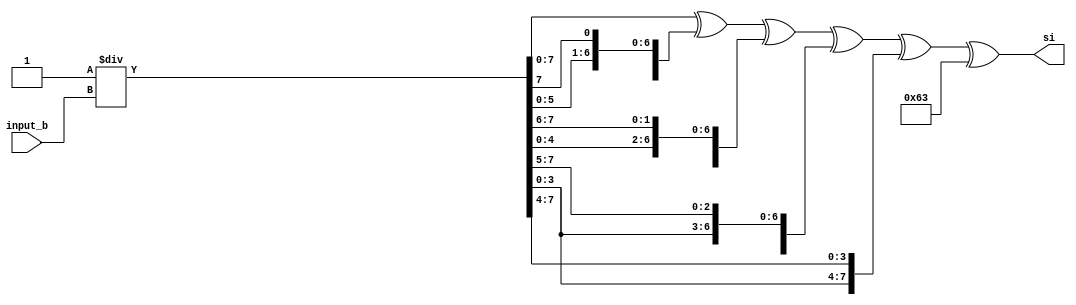
`timescale 1ns / 1ps
//////////////////////////////////////////////////////////////////////////////////
// Company: 
// Engineer: 
// 
// Design Name: 
// Module Name: SubByte
// Project Name: 
// Target Devices: 
// Tool Versions: 
// Description: 
// 
// Dependencies: 
// 
// Revision:
// Revision 0.01 - File Created
// Additional Comments:
// 
//////////////////////////////////////////////////////////////////////////////////


module SubByte(
        input [7:0] input_b,
        output [7:0] si
    );
    
    //assign si = (b * 31 % 257) ^ 99;
    //{b[7:1], b[0:0]}
//    assign si = b ^ (b <<< 1) ^ (b <<< 2) ^ (b <<< 3) ^ (8'h63);
    
    wire [7:0] b;
    wire [7:0] left1;
    wire [7:0] left2;
    wire [7:0] left3;
    wire [7:0] left4;
    
    assign b = 1/input_b;
    
    assign left1 = {b[6:0], b[7]};
    assign left2 = {b[5:0], b[7:6]};
    assign left3 = {b[4:0], b[7:5]};
    assign left4 = {b[3:0], b[7:4]};
    
    assign si = (b ^ left1 ^ left2 ^ left3 ^ left4) ^ (8'h63);
      
endmodule